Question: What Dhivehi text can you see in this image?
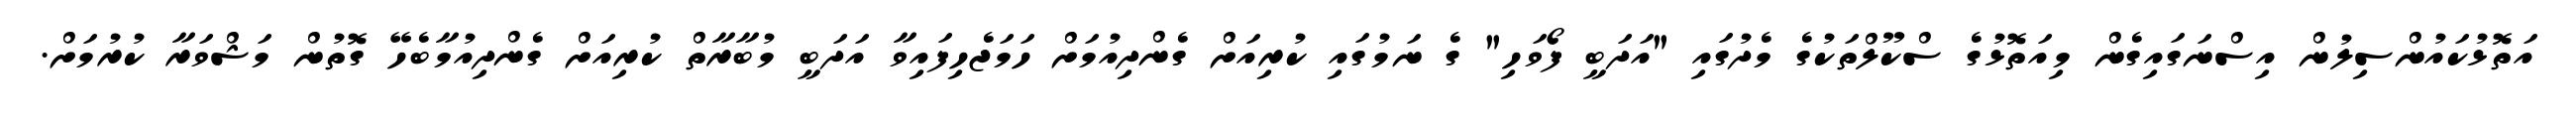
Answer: އަތޮޅުކައުންސިލުން އިސްނަގައިގެން މިއަތޮޅުގެ ސްކޫލްތަކުގެ މެދުގައި "އަދަބީ ފޯވަހި" ގެ ނަމުގައި ކުރިއަށް ގެންދިއުމަށް ހަމަޖެހިފައިވާ އަދަބީ މުބާރާތް ކުރިއަށް ގެންދިއުމާބެހޭ ގޮތުން މަޝްވަރާ ކުރުމަށް.